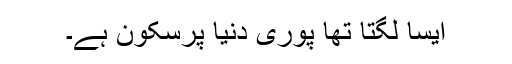
ایسا لگتا تھا پوری دنیا پرسکون ہے۔